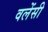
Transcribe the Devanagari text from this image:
वलेंसी